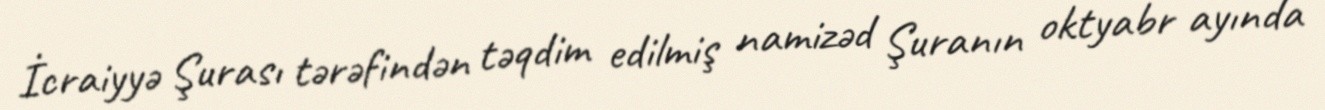
İcraiyyə Şurası tərəfindən təqdim edilmiş namizəd Şuranın oktyabr ayında